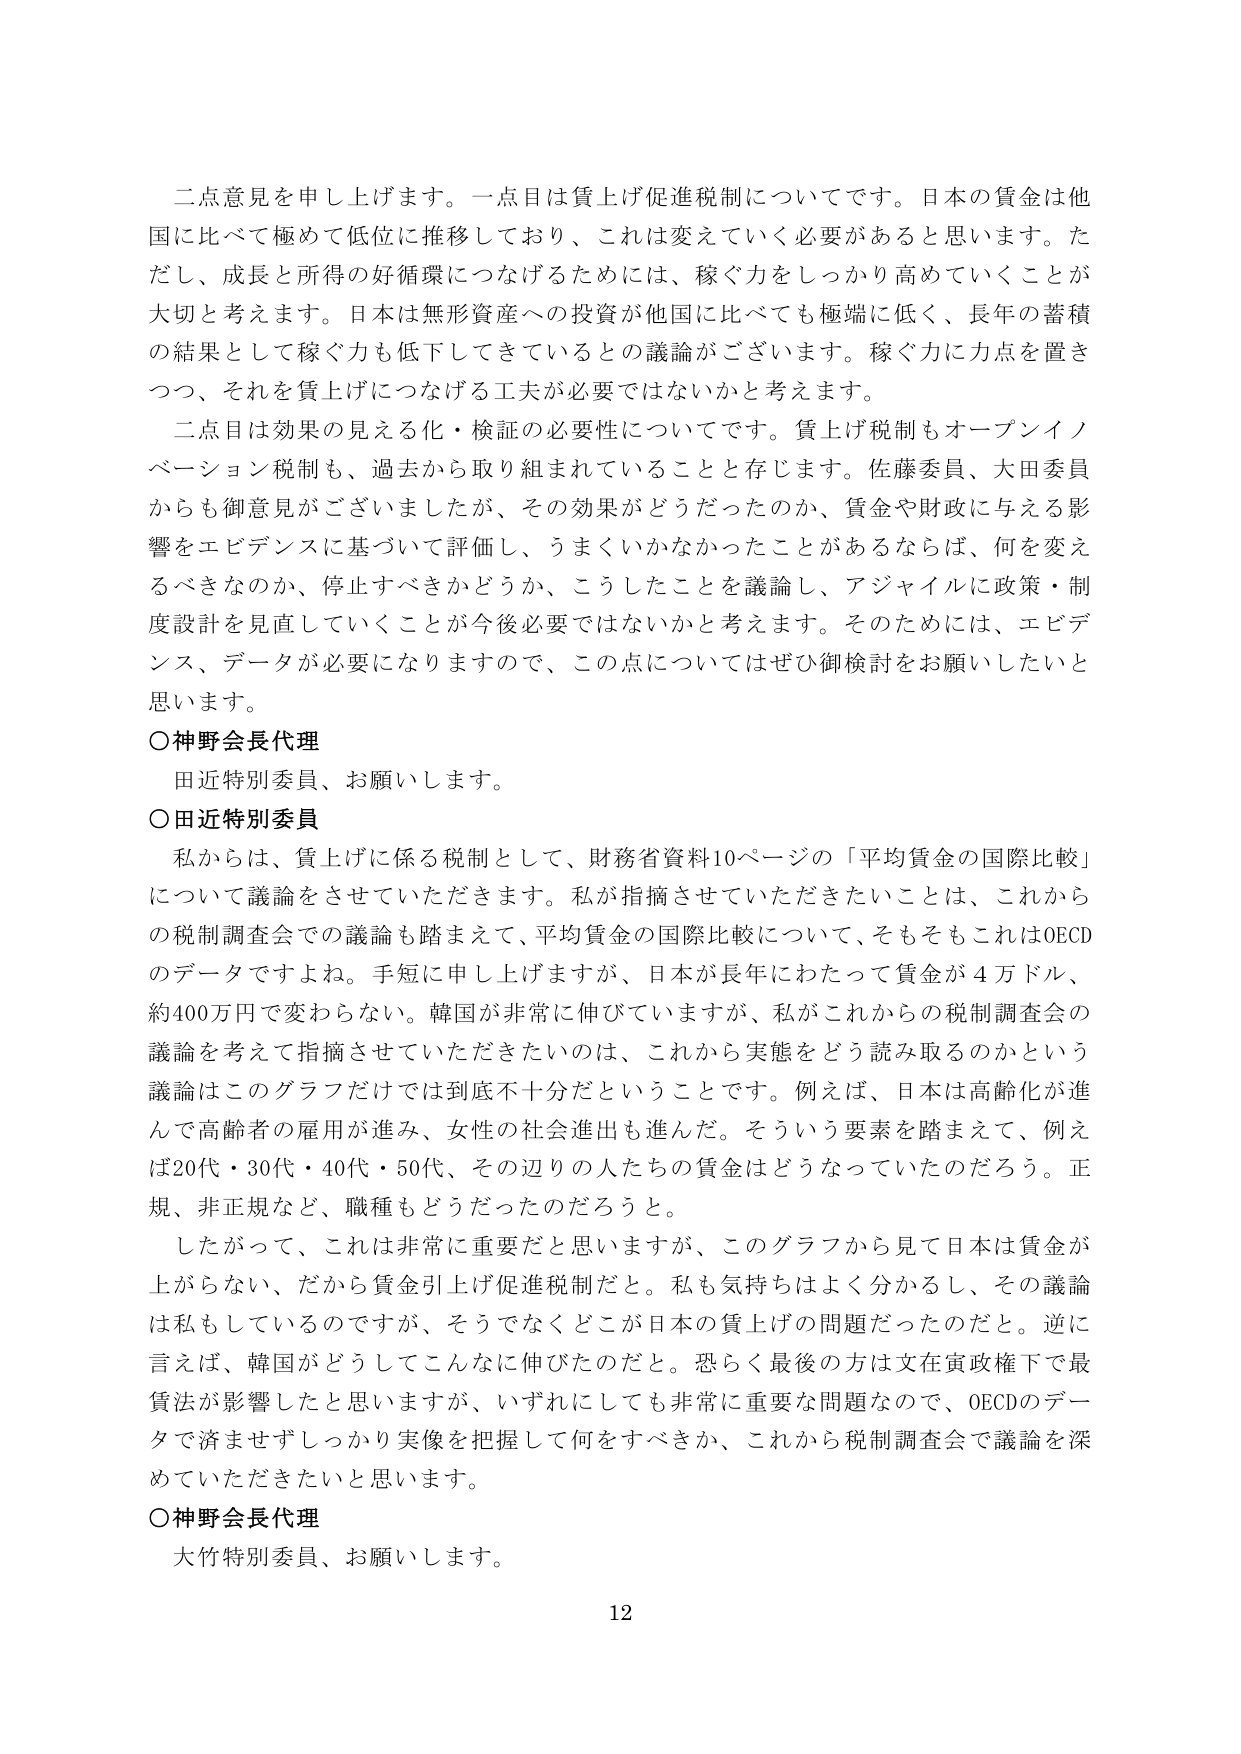
二点意見を申し上げます。一点目は賃上げ促進税制についてです。日本の賃金は他国に比べて極めて低位に推移しており、これは変えていく必要があると思います。ただし、成長と所得の好循環につなげるためには、稼ぐ力をしっかり高めていくことが大切と考えます。日本は無形資産への投資が他国に比べても極端に低く、長年の蓄積の結果として稼ぐ力も低下してきているとの議論がございます。稼ぐ力に力点を置きつつ、それを賃上げにつなげる工夫が必要ではないかと考えます。

二点目は効果の見える化・検証の必要性についてです。賃上げ税制もオープンイノベーション税制も、過去から取り組まれていることと存じます。佐藤委員、大田委員からも御意見がございましたが、その効果がどうだったのか、賃金や財政に与える影響をエビデンスに基づいて評価し、うまくいかなかったことがあるならば、何を変えるべきなのか、停止すべきかどうか、こうしたことを議論し、アジャイルに政策・制度設計を見直していくことが今後必要ではないかと考えます。そのためには、エビデンス、データが必要になりますので、この点についてはぜひ御検討をお願いしたいと思います。

○神野会長代理
田近特別委員、お願いします。

○田近特別委員
私からは、賃上げに係る税制として、財務省資料10ページの「平均賃金の国際比較」について議論をさせていただきます。私が指摘させていただきたいことは、これからの税制調査会での議論も踏まえて、平均賃金の国際比較について、そもそもこれはOECDのデータですよね。手短に申し上げますが、日本が長年にわたって賃金が4万ドル、約400万円で変わらない。韓国が非常に伸びていますが、私がこれからの税制調査会の議論を考えて指摘させていただきたいのは、これから実態をどう読み取るのかという議論はこのグラフだけでは到底不十分だということです。例えば、日本は高齢化が進んで高齢者の雇用が進み、女性の社会進出も進んだ。そういう要素を踏まえて、例えば20代・30代・40代・50代、その辺りの人たちの賃金はどうなっていたのだろう。正規、非正規など、職種もどうだったのだろうと。

したがって、これは非常に重要だと思いますが、このグラフから見て日本は賃金が上がらない、だから賃金引上げ促進税制だと。私も気持ちはよく分かるし、その議論は私もしているのですが、そうでなくどこが日本の賃上げの問題だったのだと。逆に言えば、韓国がどうしてこんなに伸びたのだと。恐らく最後の方は文在寅政権下で最賃法が影響したと思いますが、いずれにしても非常に重要な問題なので、OECDのデータで済ませずしっかり実像を把握して何をすべきか、これから税制調査会で議論を深めていただきたいと思います。

○神野会長代理
大竹特別委員、お願いします。

12